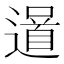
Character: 𨗓